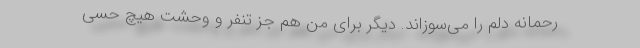
‌رحمانه دلم را می‌سوزاند. دیگر برای من هم جز تنفر و وحشت هیچ حسی